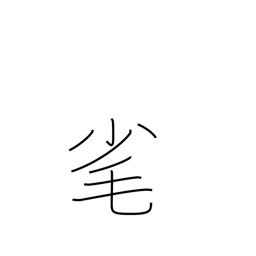
Meaning: pluck